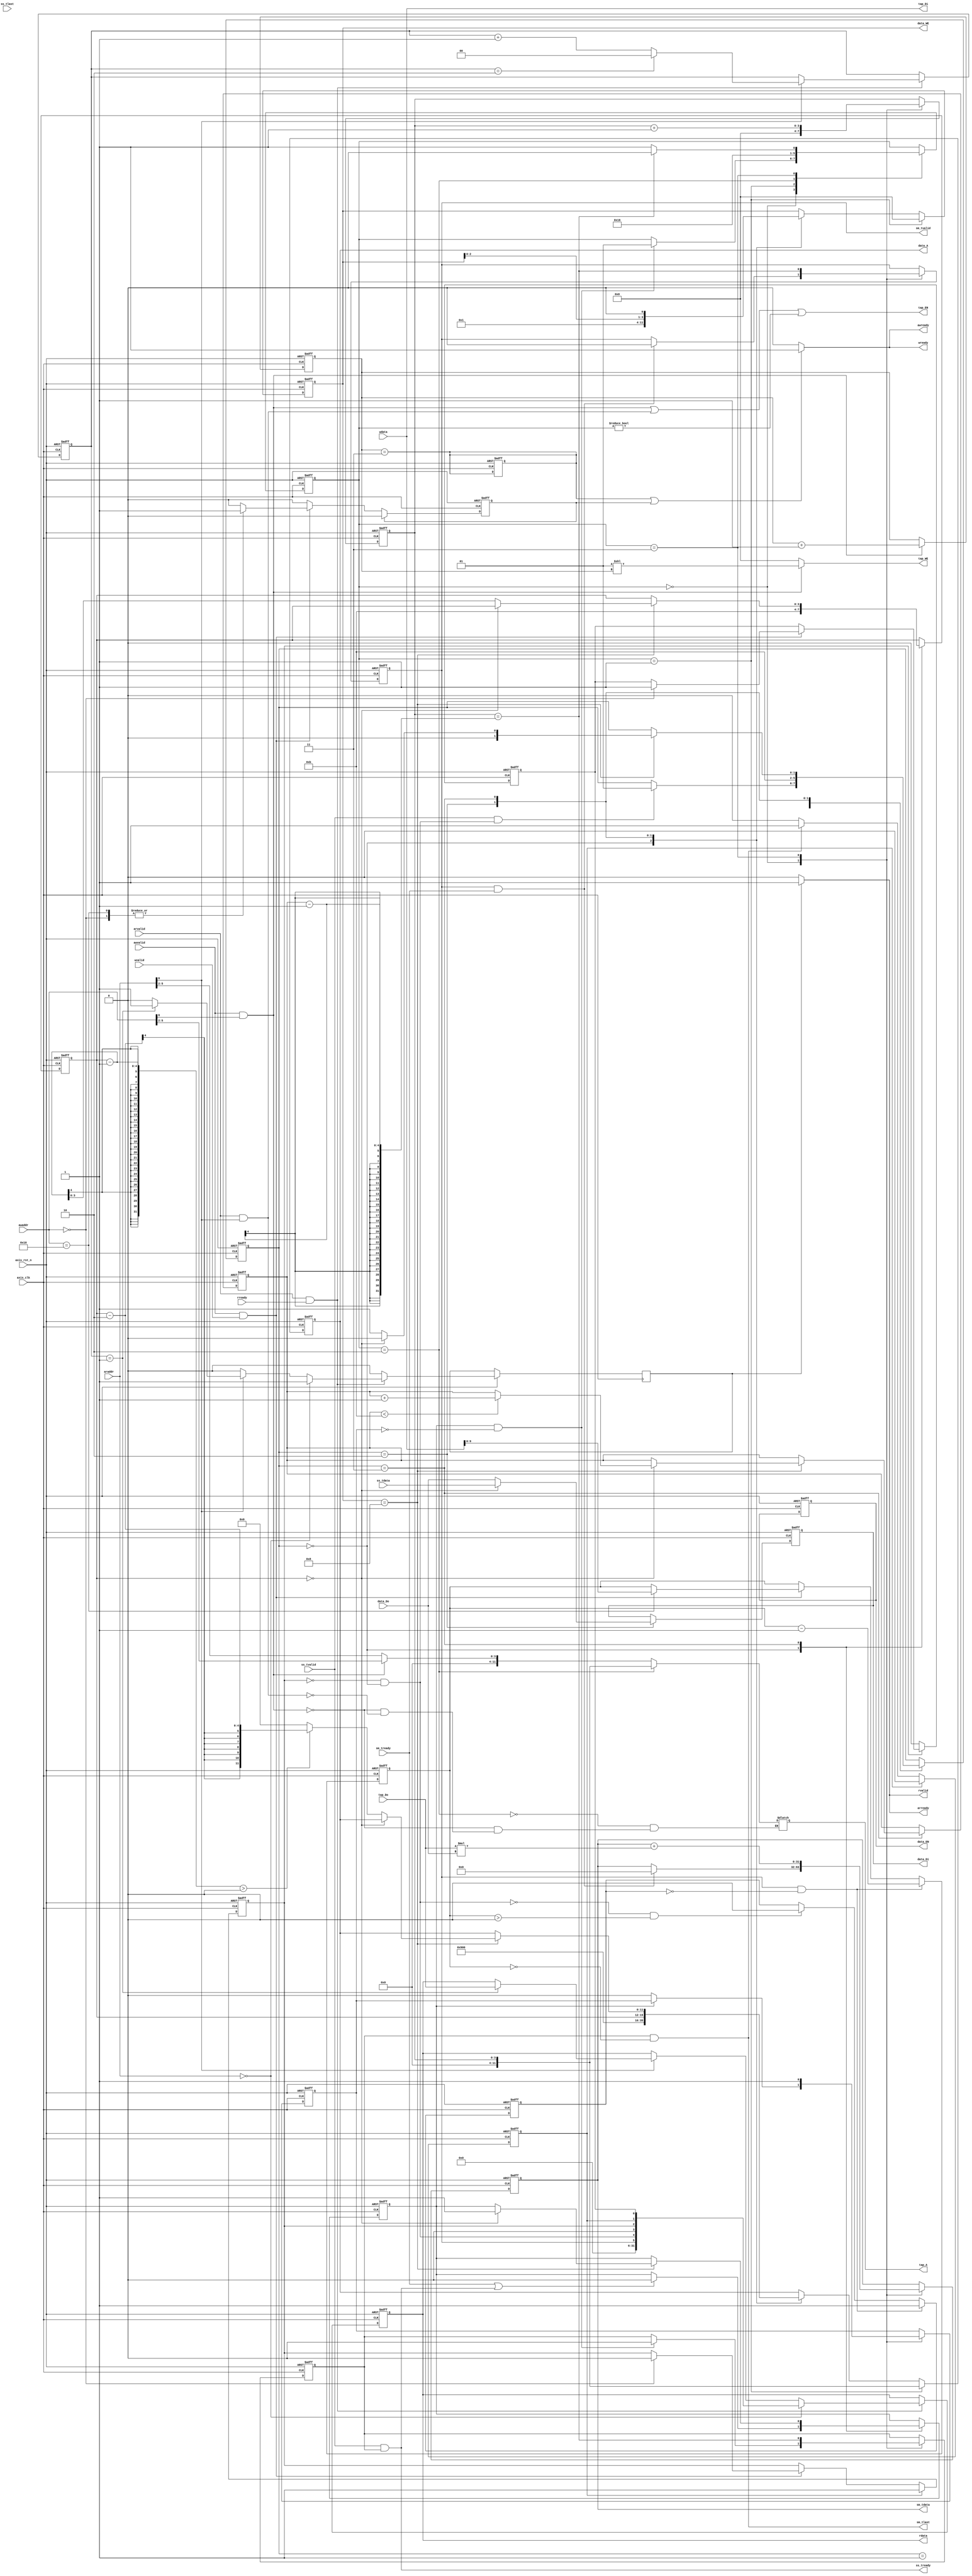
module fir 
#(  parameter pADDR_WIDTH = 12,
    parameter pDATA_WIDTH = 32,
    parameter Tape_Num    = 11
)
(
    // AXI-lite 
    output reg                     awready,
    output reg                     wready,
    input                          awvalid,
    input      [(pADDR_WIDTH-1):0] awaddr,
    input                          wvalid,
    input      [(pDATA_WIDTH-1):0] wdata,
    output reg                     arready,
    input                          rready,
    input                          arvalid,
    input      [(pADDR_WIDTH-1):0] araddr,
    output reg                     rvalid,
    output reg [(pDATA_WIDTH-1):0] rdata,    
    
    // AXI-Stream 
    input                          ss_tvalid, 
    input      [(pDATA_WIDTH-1):0] ss_tdata, 
    input                          ss_tlast, 
    output reg                     ss_tready, 
    input                          sm_tready, 
    output reg                     sm_tvalid, 
    output reg [(pDATA_WIDTH-1):0] sm_tdata, 
    output reg                     sm_tlast, 
    
    // bram for tap RAM
    output reg [3:0]               tap_WE,
    output reg                     tap_EN,
    output reg [(pDATA_WIDTH-1):0] tap_Di,
    output reg [(pADDR_WIDTH-1):0] tap_A,
    input      [(pDATA_WIDTH-1):0] tap_Do,

    // bram for data RAM
    output reg [3:0]               data_WE,
    output reg                     data_EN,
    output reg [(pDATA_WIDTH-1):0] data_Di,
    output reg [(pADDR_WIDTH-1):0] data_A,
    input      [(pDATA_WIDTH-1):0] data_Do,

    input                         axis_clk,
    input                         axis_rst_n
);
    // ================================== //
    //             Description            //
    // ================================== //
    // Input: data(X[n])/coefficient(a[n])/data length/ap_start
    // Process: Finite Inpulse Response(N=11) 
    // |-> Y[n] = sigma(a[n-11]*X[n])
    // Output: data(Yn)/ap_start/ap_idle/ap_done
    // ---
    // Source(master) / simulation(slave)
    // Data
    // - AXI-Lite(s->m): coefficient(a[n])/data length/ap_start
    // - AXI-Lite(s<-m): ap_start/ap_idle/ap_done
    // - AXI-Stream(s->m): data(X[n])
    // - AXI-Stream(s<-m): data(Y[n])
    // Memory
    // - coefficient(a[n])/data(X[n])
    // ================================== //
    //              parameter             //
    // ================================== //
    // | Port Level Protocol
    // - AXI-lite
    reg isSRAM_tapReady;
    reg [1:0] SRAM_readCycle;
    
    // | Block Level Protocol
    // - ap_ctrl_hs
    reg ap_start, ap_done, ap_idle;
    wire isX_readyWrite;
    reg isY_readyRead;
    assign isX_readyWrite =  (!ap_idle & state_data==state_data_stop);
    // assign isY_readyRead = isFIRReady; // isY_readyRead = 1 when Y[n] is Ready, = 0 when is read <= =0 might change framework
    reg [9:0] data_length, data_length_init;
    localparam  ADDR_ap_state = 8'h0,
                ADDR_data_length = 8'h10,
                ADDR_tap_param = 8'h40;
    
    // SRAM(Tap)
    reg [1:0] tap_WE_shift_n;

    // SRAM(Data)
    reg [3:0] data_n;
    reg isSRAM_dataReady;
    reg [3:0] data_validNum;
    reg [1:0] state_data;
    localparam  state_data_stop = 0,
                state_data_read = 1,
                state_data_read_wait = 2,
                state_data_write = 3;
    
    // FIR
    reg isFIRReady;
    reg isFIRDoneFirst;
    reg [3:0] idx_reg;
    reg [1:0] state_FIR;
    localparam  state_FIR_stop = 0,
                state_FIR_read = 1,
                state_FIR_read_wait = 2,
                state_FIR_calculate = 3;

    // ========================================= //
    //              Sequential Logic             //
    // ========================================= //
    // | Port Level Protocol
    // - AXI-lite(Write)
    // Source(master) / simulation(slave)
    // 1. awaddr  (slave->master)
    // 2. awvalid (slave->master)
    // 3. awready (master->slave)
    // 4. wdata   (slave->master)
    // 5. wvalid  (slave->master)
    // 6. wready  (master->slave)
    reg isStateReady_w, isStateReady_r;
    always @(*) begin
        awready = 0; wready = 0;
        if(isSRAM_tapReady | isStateReady_w) begin
            awready = 1; wready = 1;
        end
    end

    // - AXI-lite(Read)
    // Source(master) / simulation(slave)
    // 1. araddr  (slave->master)
    // 2. arvalid (slave->master)
    // 3. arready (master->slave)
    // 4. rready  (slave->master)
    // 5. rvalid  (master->slave)
    // 6. rdata   (master->slave)
    always @(*) begin
        arready = 0; rvalid = 0;
        if(isStateReady_r) begin
            arready = 1; rvalid = 1;
        end
    end

    always @(posedge axis_clk, negedge axis_rst_n) begin
        if(!axis_rst_n) begin
            rdata <= 0;
            SRAM_readCycle <= 0;
        end
        else begin
            isStateReady_r <= 0;
            if(arvalid & rready) begin
                if(araddr[6]) begin
                    SRAM_readCycle <= SRAM_readCycle + 1;
                    if(SRAM_readCycle==1) begin
                        rdata <= tap_Do;
                        isStateReady_r <= 1;
                    end
                    if(SRAM_readCycle==2)
                        SRAM_readCycle <=0; // need to stay until transmit complete
                end
                if(araddr==0) begin // ap_state
                    isStateReady_r <= 1;
                    rdata <= {isY_readyRead, isX_readyWrite, 1'b0, ap_idle, ap_done, ap_start};
                end
            end
        end
    end

    // | Block Level Protocol
    // - ap_ctrl_hs
    reg is_data_length_minus;
    always @(posedge axis_clk, negedge axis_rst_n) begin
        if(!axis_rst_n) begin
            ap_start <= 0;
            ap_idle <= 1;
            ap_done <= 0;
            data_length <= 0;
            isStateReady_w <= 0;
            is_data_length_minus <= 0;
        end
        else begin
            if(awvalid & wvalid) begin
                case(awaddr)
                    ADDR_ap_state: begin
                        if(ap_idle) ap_start <= 1;
                        ap_idle <= 0;
                        isStateReady_w <= 1;
                    end
                    ADDR_data_length: begin
                        data_length <= wdata;
                        data_length_init <= wdata;
                        isStateReady_w <= 1;
                    end
                endcase
            end
            if(isStateReady_w) isStateReady_w <= 0;
            if(!ap_idle) ap_start <= 0;
            if(!isX_readyWrite && data_length>0) is_data_length_minus<=0;
            if(isY_readyRead&!is_data_length_minus) begin
                data_length <= data_length-1;
                is_data_length_minus <= 1;
            end
            if(sm_tlast) ap_done <= 1;
            if(ap_done) begin
                ap_idle <= 1;
                ap_done <= 0;
            end
        end
    end

    // SRAM(Data)
    always @(posedge axis_clk, negedge axis_rst_n) begin
        if(!axis_rst_n) begin
            data_WE <= 0;
            data_EN <= 1;
            data_Di <= 0;
            data_A <= 0;
            data_n <= Tape_Num;
            state_data <= state_data_stop;
            isSRAM_dataReady <= 0;
            data_validNum <= 0;
        end
        else begin
            case(state_data)
            state_data_stop: begin
                if(ss_tvalid & isX_readyWrite)
                    state_data <= state_data_read;
                    data_WE <= 0;
                    data_A <= (Tape_Num - 2);
                    data_n <= Tape_Num;
                    if(sm_tready||ss_tready)
                        isSRAM_dataReady <= 0;
            end
            // Read SRAM_data[data_n-1]
            state_data_read: begin
                state_data <= state_data_read_wait;
            end
            // Wait data from SRAM
            state_data_read_wait: begin
                data_WE <= 1;
                data_A <= data_n;
                state_data <= state_data_write;
                data_Di <= (data_n==0)?ss_tdata:data_Do;
            end
            // SRAM_data[data_n] = SRAM_data[data_n-1]
            state_data_write: begin
                data_WE <= data_WE << 1;
                
                if(data_WE==4'b1000) begin
                    if(data_n==0) begin
                        isSRAM_dataReady <= 1;
                        if(data_validNum<Tape_Num) data_validNum <= data_validNum + 1;
                        state_data <= state_data_stop;
                    end
                    else begin
                        data_A <= ((data_n-1)>0)?(data_n - 2):0;
                        data_n <= data_n - 1;
                        state_data <= state_data_read;
                    end
                end
            end
            endcase

            case(state_FIR)
                state_FIR_read: begin
                    // Read Data[n]
                    data_WE <= 0;
                    data_A <= idx_reg;
                end
            endcase
        end
    end

    // SRAM(Tap)
    always @(*) begin
        tap_EN = (awvalid & awaddr[6]) | (arvalid & araddr[6]) | (state_FIR!=state_FIR_stop); // 0x40 - 0x7F
        tap_Di = wdata;
        if(awvalid & awaddr[6])
            tap_A = awaddr[5:0]>>2;
        else if(arvalid & araddr[6])
            tap_A = araddr[5:0]>>2;

        if(state_FIR==state_FIR_read_wait)
            tap_A = idx_reg;
        tap_WE = (awvalid & awaddr[6])?(1<<tap_WE_shift_n):0;
        isSRAM_tapReady = (tap_WE_shift_n==3);
    end

    always @(posedge axis_clk, negedge axis_rst_n) begin
        if(!axis_rst_n) begin
            isSRAM_tapReady <= 0;
            tap_WE_shift_n <= 0;
        end
        else begin
            if(awvalid & awaddr[6]) begin
                tap_WE_shift_n <= tap_WE_shift_n + 1;
            end
        end
    end

    // FIR
    always @(posedge axis_clk, negedge axis_rst_n) begin
        if(!axis_rst_n) begin
            idx_reg <= 0;
            sm_tdata <= 0;
            isFIRReady <= 1;
            isFIRDoneFirst <= 0;
            isY_readyRead <= 0;
            state_FIR <= state_FIR_stop;
        end
        else begin
            case(state_FIR)
            state_FIR_stop: begin
                idx_reg <= 0;
                if(!isSRAM_dataReady) isFIRDoneFirst <= 0;
                if(isSRAM_dataReady & !isFIRDoneFirst) begin
                    state_FIR <= state_FIR_read;
                    isFIRReady <= 0;
                end
                // ERROR 誰來收走的時候才要flasg
                // 怎麼知道資料被收走了? sm_tready & sm_tvalid就收走了
                if(sm_tvalid & sm_tready) begin
                    isY_readyRead <= 0;
                    sm_tdata <= 0;
                end
            end
            state_FIR_read: begin
                state_FIR <= state_FIR_read_wait;
            end
            // Wait data from SRAM
            state_FIR_read_wait: begin
                state_FIR <= state_FIR_calculate;
            end
            state_FIR_calculate: begin
                sm_tdata <= sm_tdata + tap_Do * data_Do;
                idx_reg <= idx_reg + 1;
                state_FIR <= (idx_reg==data_validNum-1)?state_FIR_stop:state_FIR_read;
                isFIRReady <= (idx_reg==data_validNum-1);
                isY_readyRead <= (idx_reg==data_validNum-1);
                isFIRDoneFirst <= 1;
            end
            endcase
        end
    end

    // ========================================= //
    //             Combinational Logic           //
    // ========================================= //
    // | Port Level Protocol
    // - AXI-Stream(master<-slave)
    // Source(master) / simulation(slave)
    always @(*) begin
        ss_tready = ss_tvalid & isFIRReady;
    end

    // - AXI-Stream(master->slave)
    // Source(master) / simulation(slave)
    always @(*) begin
        sm_tvalid = isY_readyRead;
        sm_tlast = (isFIRReady & data_length==0);
    end
endmodule